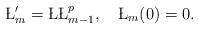
LaTeX: \begin{align*}\L_m'=\L\L_{m-1}^p,\quad\L_m(0)=0.\end{align*}